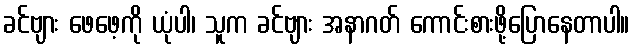
ခင်ဗျား ဖေဖေ့ကို ယုံပါ၊ သူက ခင်ဗျား အနာဂတ် ကောင်းစားဖို့ပြောနေတာပါ။